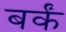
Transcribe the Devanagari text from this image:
बर्कं